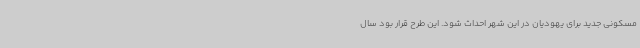
مسکونی جدید برای یهودیان در این شهر احداث شود. این طرح قرار بود سال